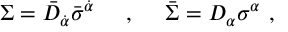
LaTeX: \Sigma = \bar { D } _ { \dot { \alpha } } \bar { \sigma } ^ { \dot { \alpha } } ~ ~ ~ ~ , ~ ~ ~ ~ \bar { \Sigma } = D _ { \alpha } \sigma ^ { \alpha } \ ,